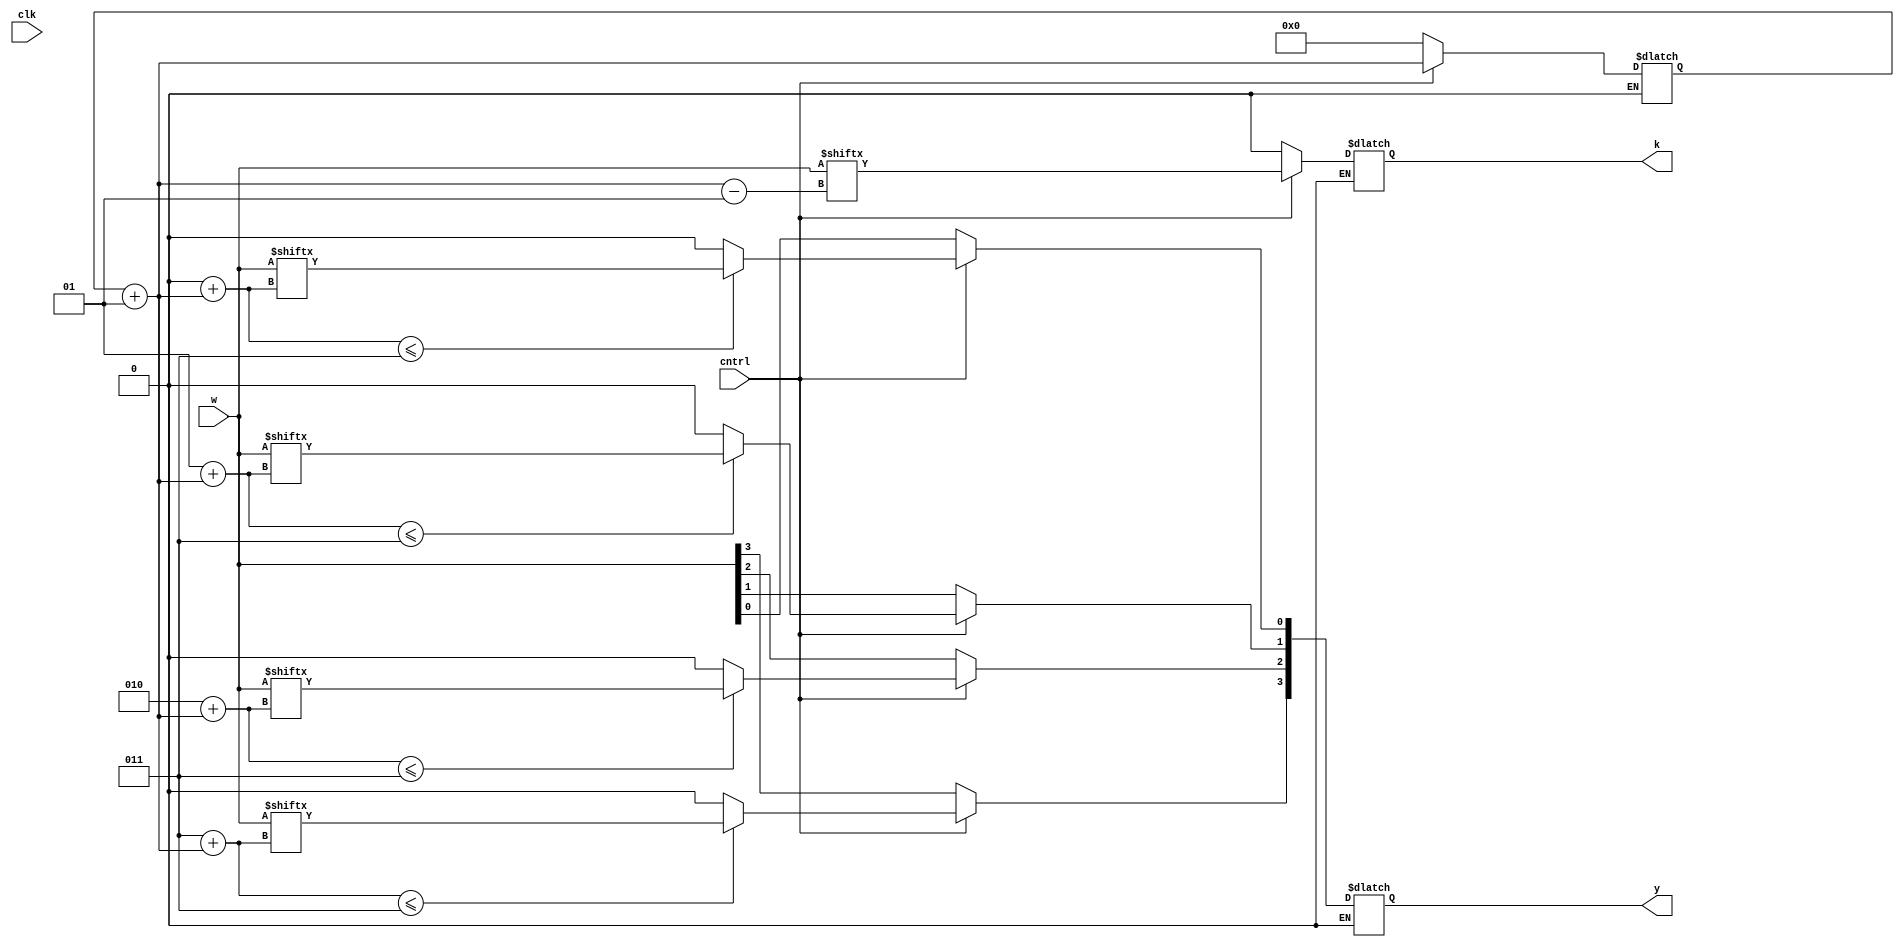
module shift(w,cntrl,clk,y,k);
input [3:0]w;
input cntrl,clk;
output reg [3:0]y;
output reg k;
integer d;
integer i;
initial
d=0;
always @(clk)
begin
if(cntrl==1)
begin

d++;
//$display("d=%b",d);
for(i=0;i<4;i++)
begin 
if((i+d)<=3)
y[i]=w[i+d];
else
y[i]=0;
if(i==0)
k=w[d-1];
//$display("d=%b",d);
end
end
else if(cntrl==0)
begin
//$display("hello");
d=0;
y=w;
k=0;
end
end
endmodule

module test;
reg [3:0]w;
reg cntrl,clk;
wire [3:0]y;
wire k;
shift sh(w,cntrl,clk,y,k);
initial
clk=1'b0;
always
#5 clk=~clk;
initial
begin
$dumpfile("49.vcd");
$dumpvars(0,test);
w=4'b1111;
 cntrl=1;
#20 cntrl=0;
#10 cntrl=1;
end
always @(clk)
$monitor($time," w=%b,cntrl=%b,y=%b,k=%b",w,cntrl,y,k);
initial
#40 $finish;
endmodule